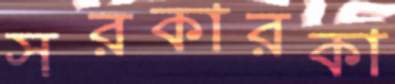
সরকারকা